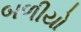
બળીયો